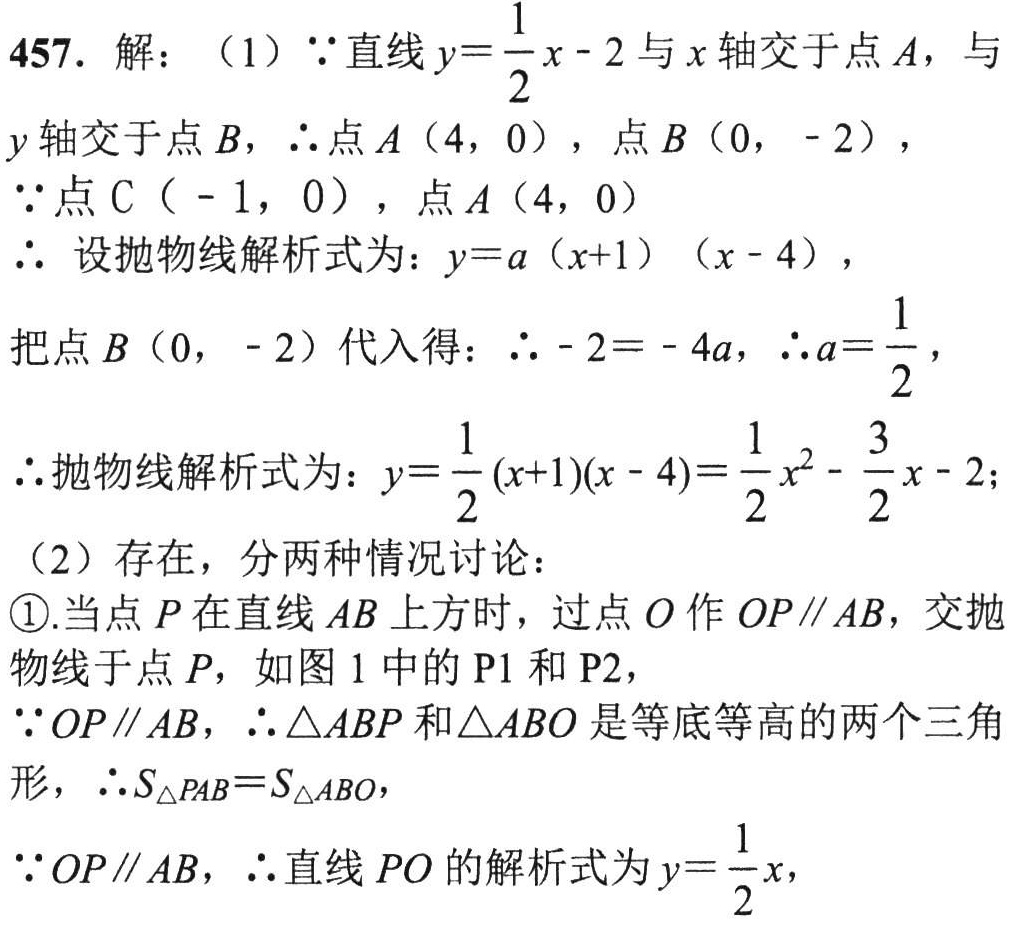
457. 解：（1）\(\because\)直线\(y = \frac{1}{2}x - 2\)与\(x\)轴交于点\(A\)，与
\(y\)轴交于点\(B\)，\(\therefore\)点\(A(4,0)\)，点\(B(0,-2)\)，
\(\because\)点\(C(-1,0)\)，点\(A(4,0)\)
\(\therefore\) 设抛物线解析式为：\(y = a(x + 1)(x - 4)\)，
把点\(B(0,-2)\)代入得：\(\therefore - 2=-4a\)，\(\therefore a=\frac{1}{2}\)，
\(\therefore\)抛物线解析式为：\(y=\frac{1}{2}(x + 1)(x - 4)=\frac{1}{2}x^{2}-\frac{3}{2}x - 2\)；
（2）存在，分两种情况讨论：
\textcircled{1}.当点\(P\)在直线\(AB\)上方时，过点\(O\)作\(OP\parallel AB\)，交抛
物线于点\(P\)，如图1中的\(P1\)和\(P2\)，
\(\because OP\parallel AB\)，\(\therefore\triangle ABP\)和\(\triangle ABO\)是等底等高的两个三角
形，\(\therefore S_{\triangle PAB}=S_{\triangle ABO}\)，
\(\because OP\parallel AB\)，\(\therefore\)直线\(PO\)的解析式为\(y=\frac{1}{2}x\)，